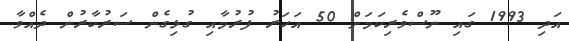
އަދި 1993 ގައި ނޫސްވެރިކަމަށް 50 އަހަރު ފުރުމާއި ގުޅިގެން ސަރުކާރުން ދެއްވާ